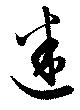
迷